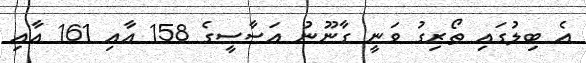
އެ ބިލުގައި ތޯރިގު ވަނީ ގާނޫނު އަސާސީގެ 158 އާއި 161 އާއި